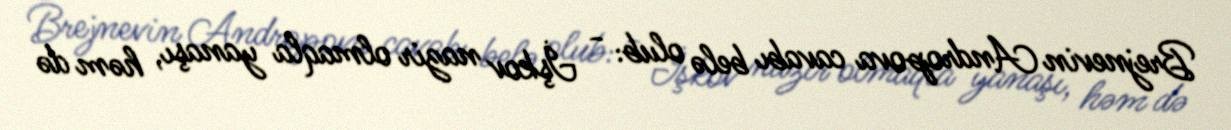
Brejnevin Andropova cavabı belə olub: - İşkov nazir olmaqla yanaşı, həm də